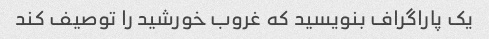
یک پاراگراف بنویسید که غروب خورشید را توصیف کند